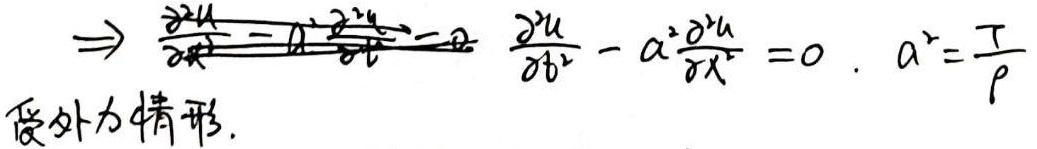
受外力情形.
\[\Rightarrow \frac{\partial^{2}u}{\partial t^{2}}-a^{2}\frac{\partial^{2}u}{\partial x^{2}} = 0,\ a^{2}=\frac{T}{\rho}\]